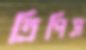
ত্রিপিস